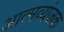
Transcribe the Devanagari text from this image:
आत्मव्यंजक